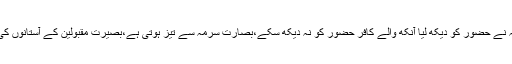
نابینا صحابہ نے حضور کو دیکھ لیا آنکھ والے کافر حضور کو نہ دیکھ سکے،بصارت سرمہ سے تیز ہوتی ہے،بصیرت مقبولین کے آستانوں کی خاک سے۔